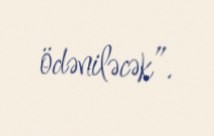
ödəniləcək”.